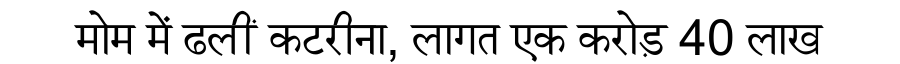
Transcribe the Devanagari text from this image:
मोम में ढलीं कटरीना, लागत एक करोड़ 40 लाख